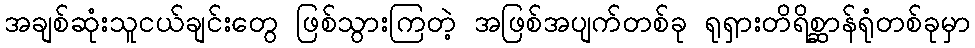
အချစ်ဆုံးသူငယ်ချင်းတွေ ဖြစ်သွားကြတဲ့ အဖြစ်အပျက်တစ်ခု ရုရှားတိရိစ္ဆာန်ရုံတစ်ခုမှာ